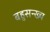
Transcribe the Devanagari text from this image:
बहुसन्ख्य